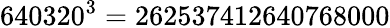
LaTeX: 640320^{3}=262537412640768000